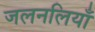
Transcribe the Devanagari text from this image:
जलनलियाँ